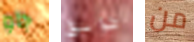
جاو طوابق من